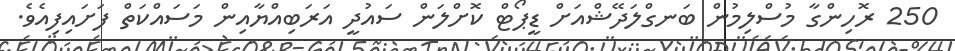
250 ރޮހިންގާ މުސްލިމުން ބަނގްލަދޭޝްއަށް ޑީޕޯޓް ކޮށްލަން ސައުދީ އަރަބިއްޔާއިން މަސައްކަތް ފަށައިފިއެވެ.